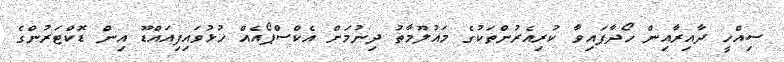
ސިއްހީ ދާއިރާއިން ހޯދާފައިވާ ކުރިއެރުންތަކުގެ މައުލޫމާތު ދިނުމަށް އެކްސްޕޯއެއް ހުޅުވައިފިއައްޑޫ އިން ޑޮކްޓަރުންގެ